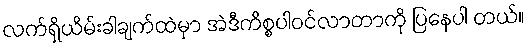
လက်ရှိယိမ်းခါချက်ထဲမှာ အဲဒီကိစ္စပါဝင်လာတာကို ပြနေပါ တယ်။